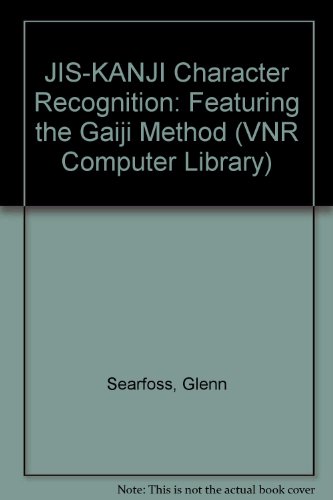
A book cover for Jis-Kanji Character Recognition: Featuring the Gaiji Method/Book and Disk (Vnr Computer Library); Glenn Searfoss; Computers & Technology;